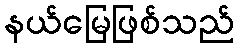
နယ်မြေဖြစ်သည်